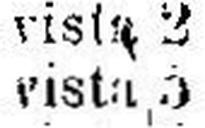
vista 5